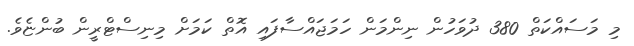
މި މަސައްކަތް 380 ދުވަހުން ނިންމަން ހަމަޖައްސާފައި އޮތް ކަމަށް މިނިސްޓްރީން ބުންޏެވެ.